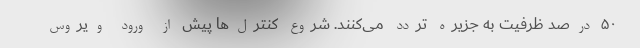
۵۰ درصد ظرفیت به جزیره تردد می‌کنند. شروع کنترل‌ها پیش از ورود ویروس